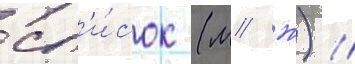
сп'и́сок (м/ ж) //